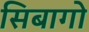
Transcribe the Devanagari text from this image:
सिबागो